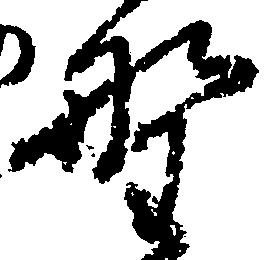
野